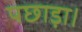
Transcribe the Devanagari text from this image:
पछाड़ा।